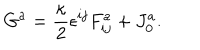
G ^ { a } = \frac { \kappa } { 2 } \epsilon ^ { i j } F _ { i j } ^ { a } + J _ { 0 } ^ { a } .